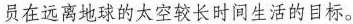
员在远离地球的太空较长时间生活的目标。